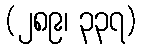
(၂၈၉၊ ၃၃၇)